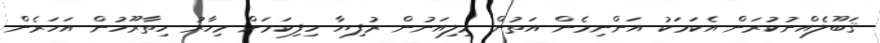
ޤަބޫލެއްނުކުރަން އެކަމަކު އަންނިމެން އަތުން މިލިއަނުން ރުފިޔާ ހިފިކަމަށް މިހާރު ހިތާރޫހުން އަހަރެން